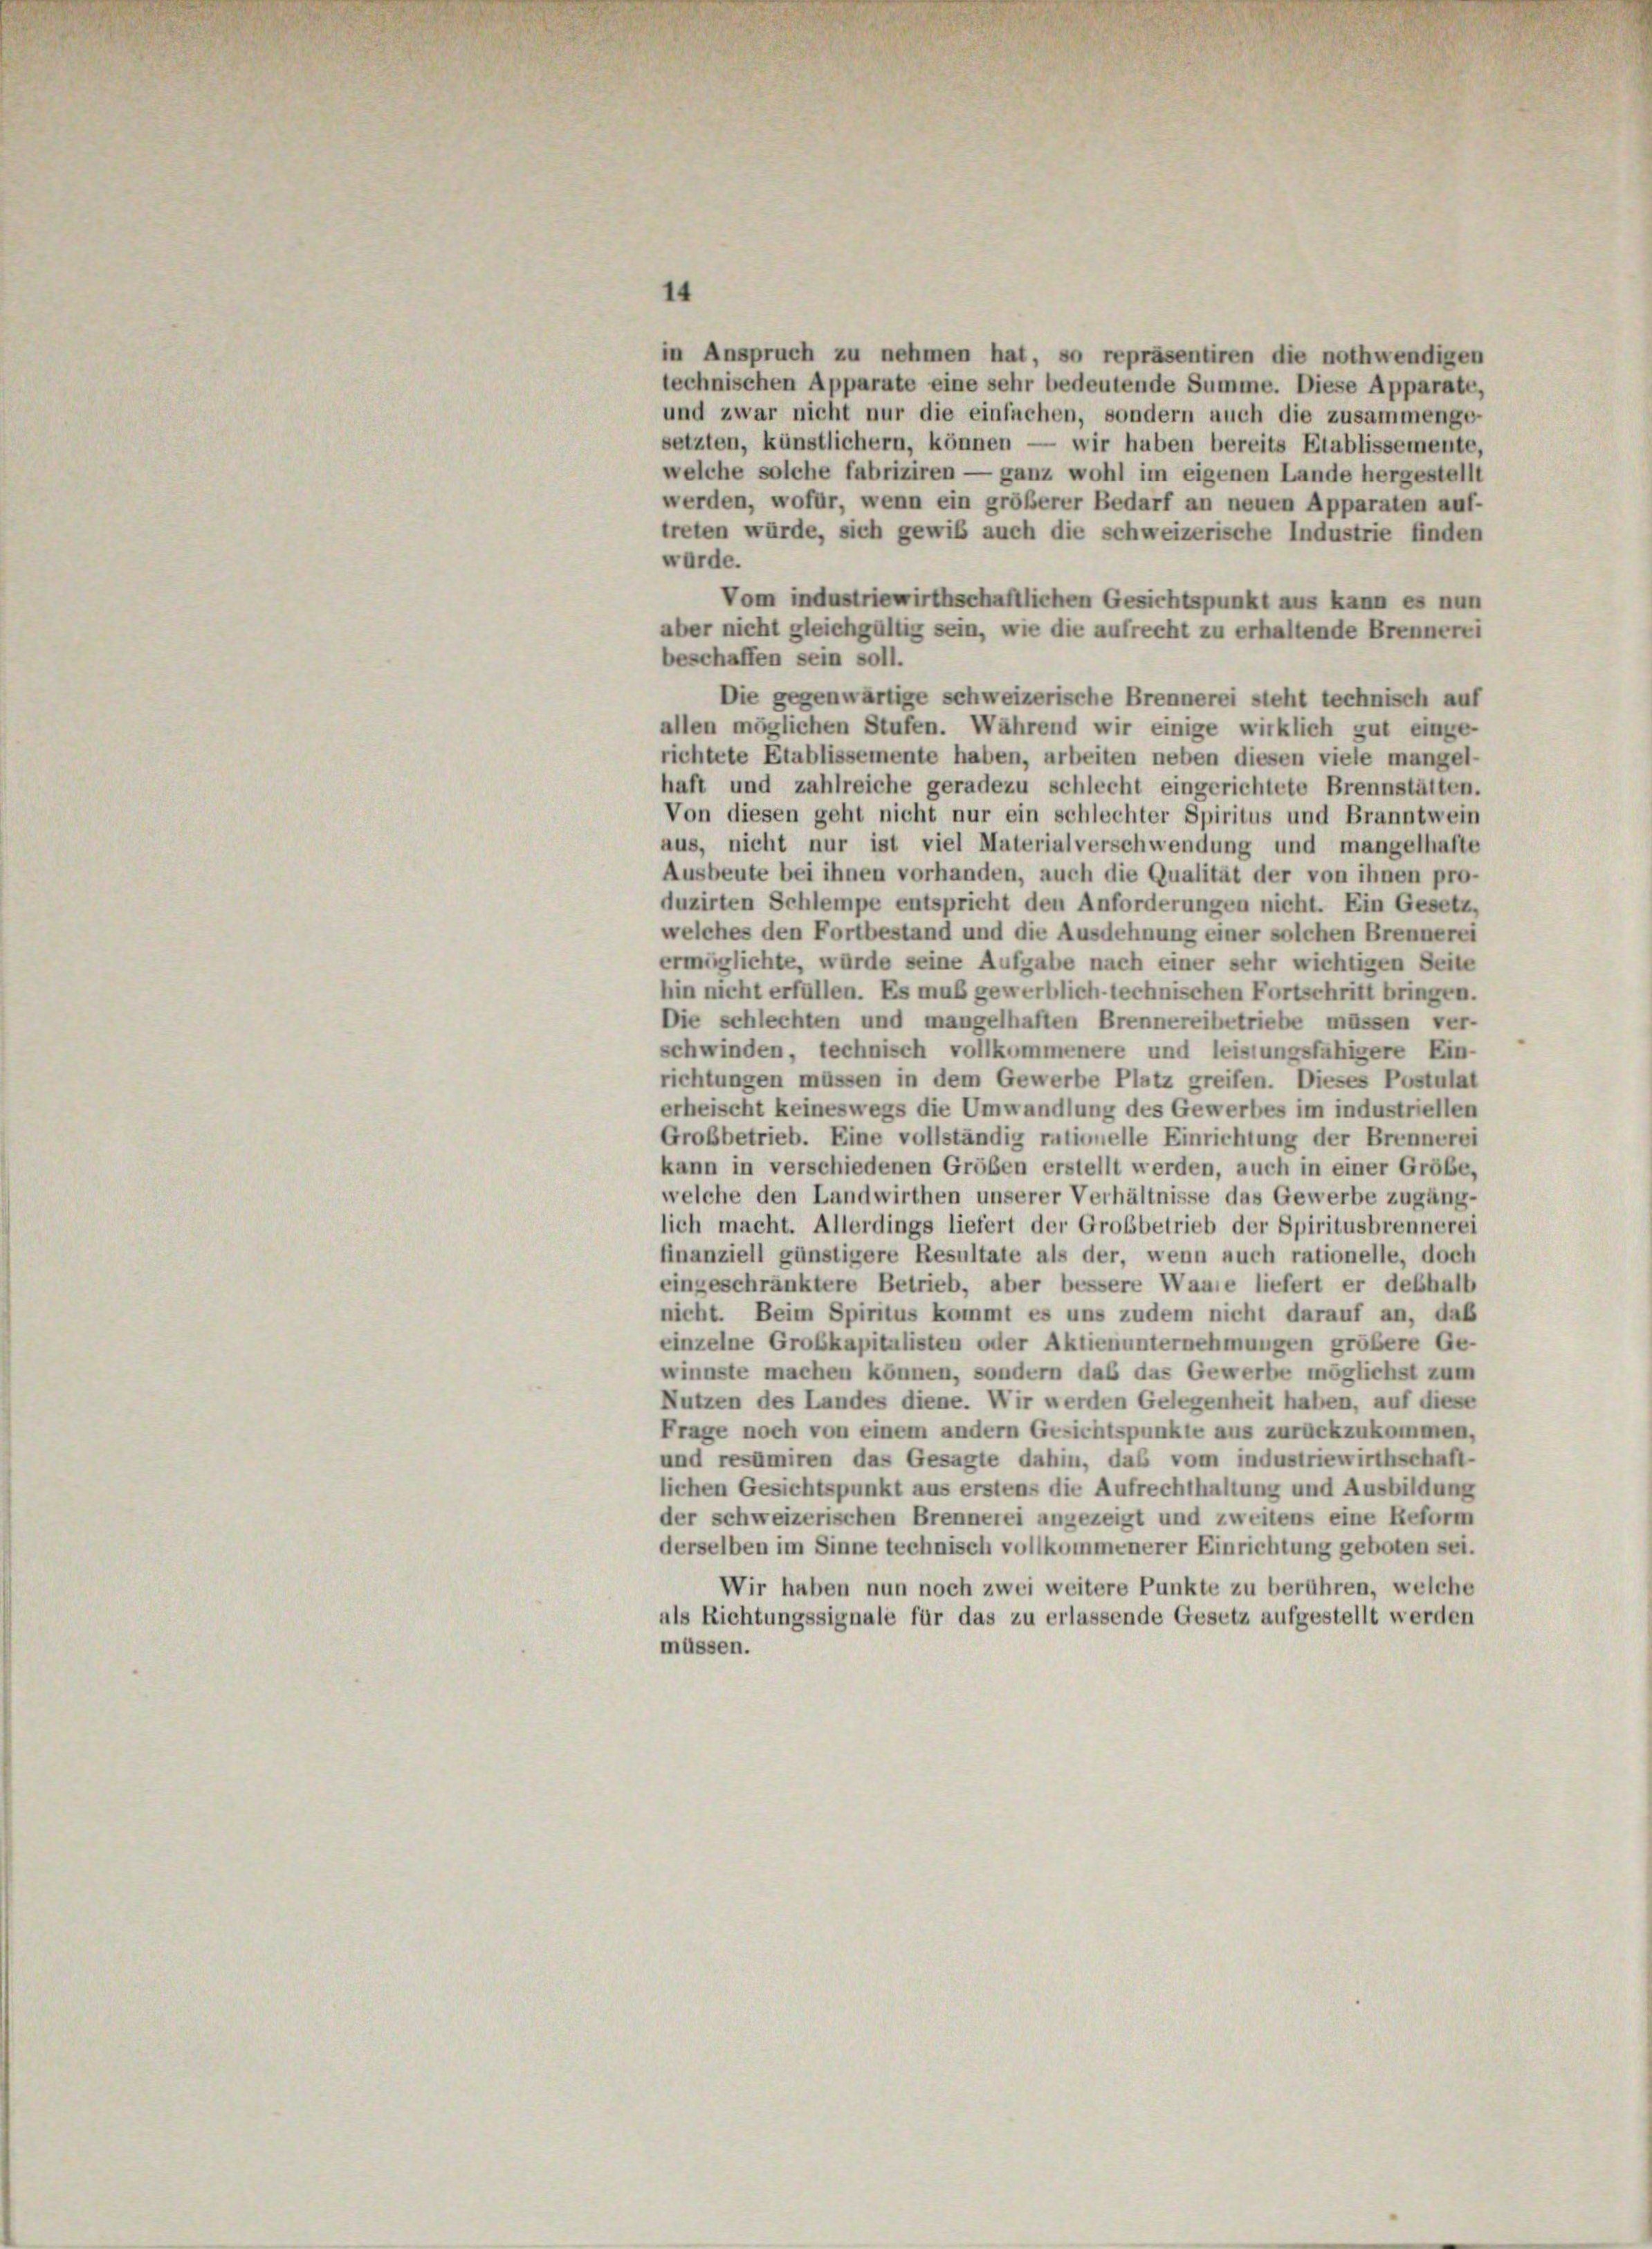
in Anspruch zu nehmen hat, so repräsentiren die nothwendigen
technischen Apparate eine sehr bedeutende Summe. Diese Apparate,
und zwar nicht nur die einfachen, sondern auch die zusammenge
setzten, künstlichern, können — wir haben bereits Etablissemente,
welche solche fabriziren — ganz wohl im eigenen Lande hergestellt
werden, wofür, wenn ein größerer Bedarf an neuen Apparaten auf-
treten würde, sich gewiß auch die schweizerische Industrie finden
wurde.
Vom industriewirthschaftlichen Gesichtspunkt aus kann es nun
aber nicht gleichgültig sein, wie die aufrecht zu erhaltende Brennerei
beschaffen sein soll.
Die gegenwärtige schweizerische Brennerei steht technisch auf
allen möglichen Stufen. Während wir einige wirklich gut einge-
richtete Etablissemente haben, arbeiten neben diesen viele mangel-
haft und zahlreiche geradezu schlecht eingerichtete Brennstätten.
Von diesen geht nicht nur ein schlechter Spiritus und Branntwein
aus, nicht nur ist viel Materialverschwendung und mangelhafte
Ausbeute bei ihnen vorhanden, auch die Qualität der von ihnen pro-
duzirten Schlempe entspricht den Anforderungen nicht. Ein Gesetz,
welches den Fortbestand und die Ausdehnung einer solchen Brennerei
ermöglichte, würde seine Aufgabe nach einer sehr wichtigen Seite
hin nicht erfüllen. Es muß gewerblich-technischen Fortschritt bringen.
Die schlechten und mangelhaften Brennereibetriebe müssen ver-
schwinden, technisch vollkommenere und leistungsfähigere Ein-
richtungen müssen in dem Gewerbe Platz greifen. Dieses Postulat
erheischt keineswegs die Umwandlung des Gewerbes im industriellen
Grobbetrieb. Eine vollständig rutionelle Einrichtung der Brennerei
kann in verschiedenen Größen erstellt werden, auch in einer Größe,
welche den Landwirthen unserer Verhältnisse das Gewerbe zugäng-
lich macht. Allerdings liefert der Grobbetrieb der Spiritusbrennerei
finanziell günstigere Resultate als der, wenn auch rationelle, doch
eingeschränktere Betrieb, aber bessere Waare liefert er deshalb
nicht. Beim Spiritus kommt es uns zudem nicht darauf an, daß
einzelne Grobkapitalisten oder Aktienunternehmungen größere Ge-
winnste machen können, sondern das das Gewerbe möglichst zum
Nutzen des Landes diene. Wir werden Gelegenheit haben, auf diese
Frage noch von einem andern Gesichtspunkte aus zurückzukommen,
und resümiren das Gesagte dahin, das vom industriewirthschaft-
lichen Gesichtspunkt aus erstens die Aufrechthaltung und Ausbildung
der schweizerischen Brennerei angezeigt und zweitens eine Reform
derselben im Sinne technisch vollkommenerer Einrichtung geboten sei.
Wir haben nun noch zwei weitere Punkte zu berühren, welche
als Richtungssignale für das zu erlassende Gesetz aufgestellt werden
müssen.

14